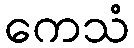
ကေသံ